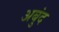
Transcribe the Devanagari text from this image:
अबुंद